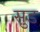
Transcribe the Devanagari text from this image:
सु़ड